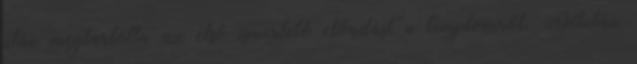
után megtartotta az első ismertető előadást a templomról. Délután